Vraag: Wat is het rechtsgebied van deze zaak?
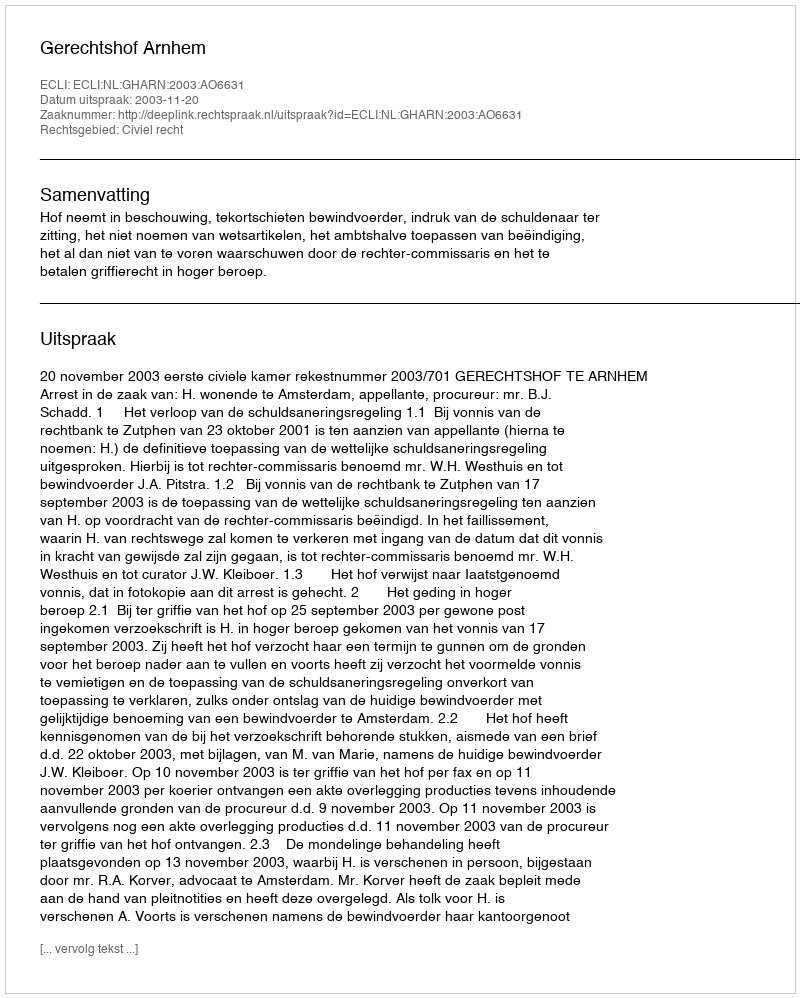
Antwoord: Civiel recht